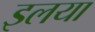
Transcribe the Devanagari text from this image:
इलया